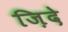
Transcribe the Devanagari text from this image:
ज़िदे